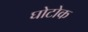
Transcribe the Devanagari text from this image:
घोटोक